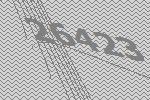
26423